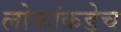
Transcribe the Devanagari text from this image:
लोकांकडेच